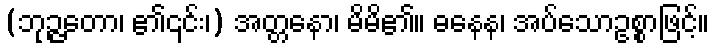
(ဘုဉ္ဇတော၊ ၏၎င်း၊) အတ္တနော၊ မိမိ၏။ ဓနေန၊ အပ်သောဥစ္စာဖြင့်။